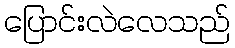
ပြောင်းလဲလေသည်